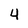
Character: 4